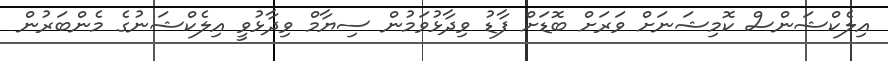
އިލެކްޝަންސް ކޮމިޝަނަށް ވަރަށް ބޮޑަށް ފާޑު ވިދާޅުވަމުން ސިޔާމް ވިދާޅުވީ އިލެކްޝަނުގެ މެންބަރުން